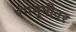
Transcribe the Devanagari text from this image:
रंंगभूमीवर